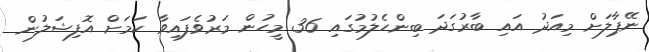
ނޭޕާލަށް މިއަދު އައި ބާރުގަދަ ބިންހެލުމުގައި 36 މީހުން މަރުވެފައިވާ ކަމަށް އޮފިޝަލުން